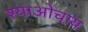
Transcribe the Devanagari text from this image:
श्याओचाय